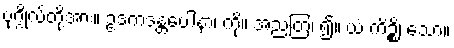
ပုဂ္ဂိုလ်တို့အား။ ဥဒကဒန္တပေါနာ၊ ကို။ အညတြ၊ ၍။ ယံ ကိဉ္စိ၊ သော။